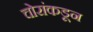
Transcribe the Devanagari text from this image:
चोरांकडून